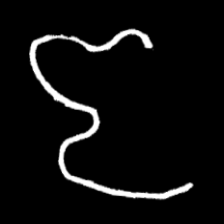
Pyu character \u2014 Myanmar letter: ဇ (romanized: ja)